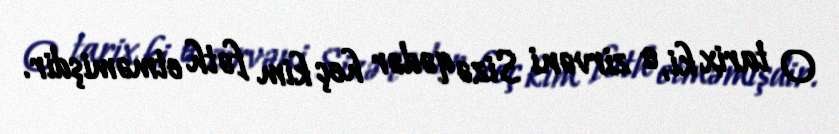
O tarix ki, o zirvəni Sizə qədər heç kim fəth etməmişdir.